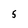
Character: 5